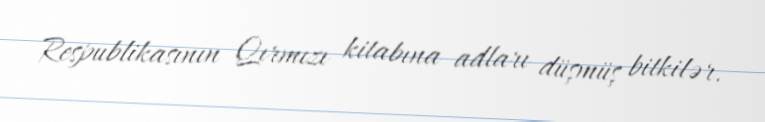
Respublikasının Qırmızı kitabına adları düşmüş bitkilər.